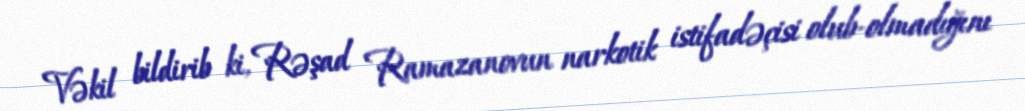
Vəkil bildirib ki, Rəşad Ramazanovun narkotik istifadəçisi olub-olmadığını